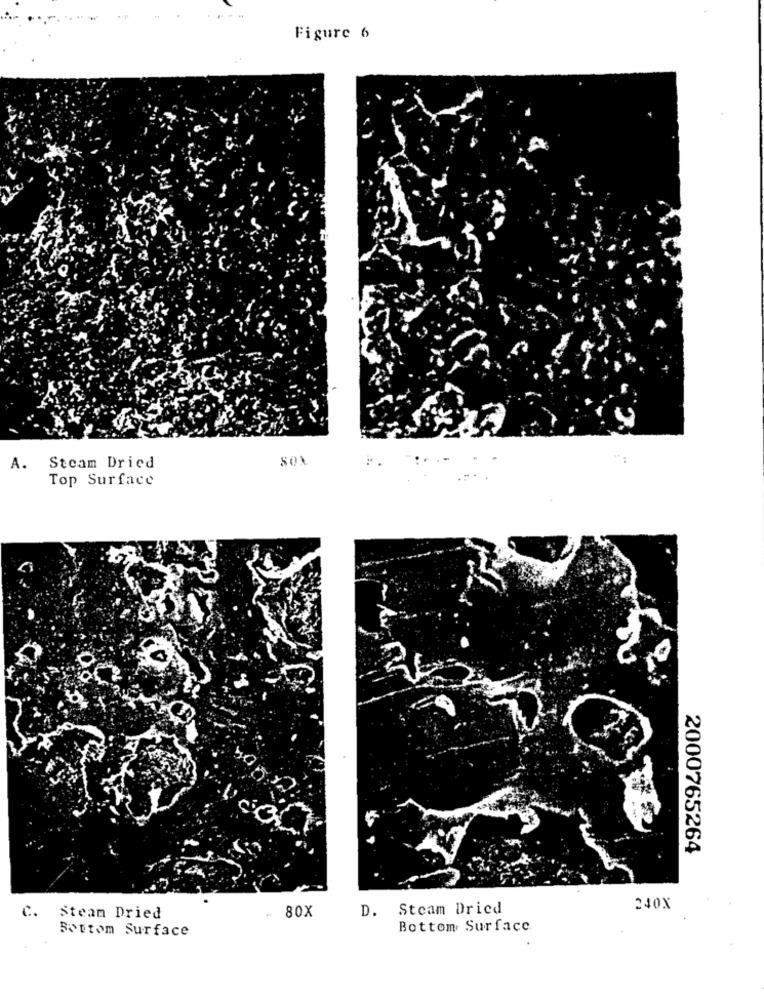
Figure 6
A. Steam Dried
Top Surface
2000765264
C.
80X
D. Steam Dried
240X
Steam Dried
..
Bottom Surface
Bottom Surface